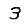
Digit: 3